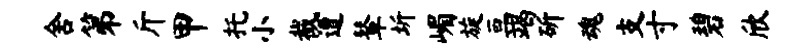
舍第斤甲托小截遭鼙圻嵋旋亘竭斫魂支寸碧欣